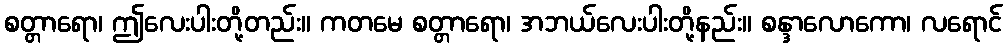
စတ္တာရော၊ ဤလေးပါးတို့တည်း။ ကတမေ စတ္တာရော၊ အဘယ်လေးပါးတို့နည်း။ စန္ဒာလောကော၊ လရောင်